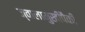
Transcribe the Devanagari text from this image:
ज्वालामुखींपैकी